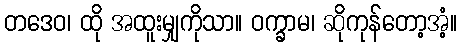
တဒေဝ၊ ထို အထူးမျှကိုသာ။ ဝက္ခာမ၊ ဆိုကုန်တော့အံ့။